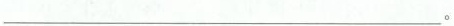
___。